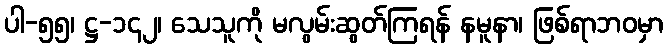
ပါ-၅၅၊ ဋ္ဌ-၁၄၂၊ သေသူကို မလွမ်းဆွတ်ကြရန် နမူနာ၊ ဖြစ်ရာဘဝမှာ